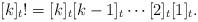
LaTeX: \begin{align*}[k]_{t}! = [k]_{t}[k-1]_{t}\dotsb [2]_{t}[1]_{t}.\end{align*}